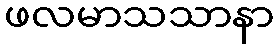
ဖလမာသသာနာ